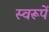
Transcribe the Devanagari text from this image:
स्वरूपें